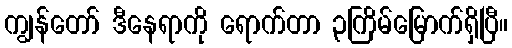
ကျွန်တော် ဒီနေရာကို ရောက်တာ ၃ကြိမ်မြောက်ရှိပြီ။